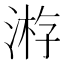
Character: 𣸯